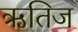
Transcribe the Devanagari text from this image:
ऋतिज